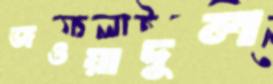
জওয়াদুল